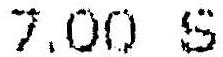
7.00 S